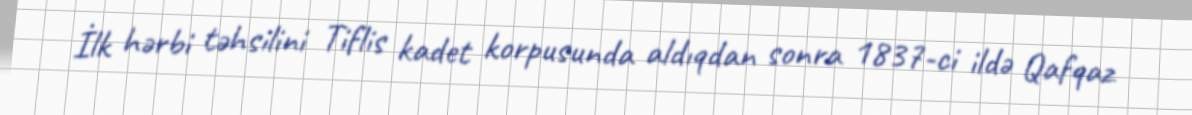
İlk hərbi təhsilini Tiflis kadet korpusunda aldıqdan sonra 1837-ci ildə Qafqaz